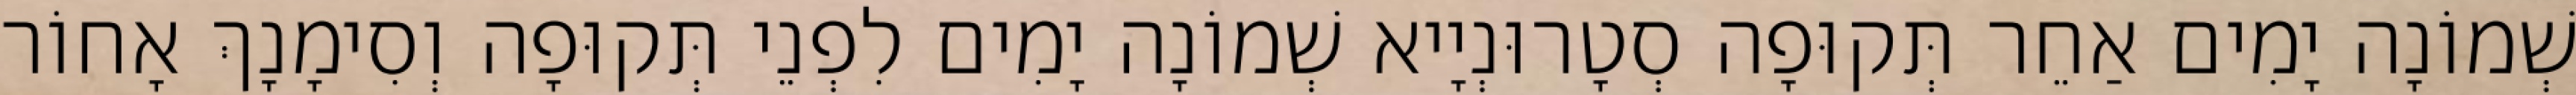
שְׁמוֹנָה יָמִים אַחֵר תְּקוּפָה סְטָרוּנְיָיא שְׁמוֹנָה יָמִים לִפְנֵי תְּקוּפָה וְסִימָנָךְ אָחוֹר